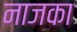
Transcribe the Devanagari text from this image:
नाजका